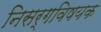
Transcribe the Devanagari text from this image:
निसर्गविषयक